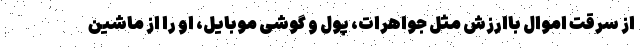
از سرقت اموال باارزش مثل جواهرات، پول و گوشی موبایل، او را از ماشین